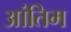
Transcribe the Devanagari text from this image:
आंतिम